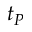
t _ { P }